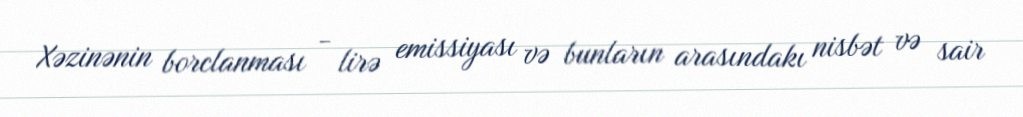
Xəzinənin borclanması - lirə emissiyası və bunların arasındakı nisbət və sair